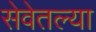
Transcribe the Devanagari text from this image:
सेवेतल्या